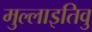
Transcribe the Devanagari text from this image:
मुल्लाइतिवु